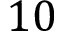
1 0